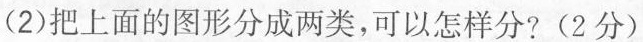
(2)把上面的图形分成两类，可以怎样分?(2分)